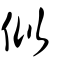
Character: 佀